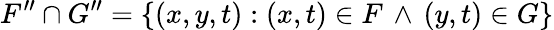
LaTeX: F^{\prime\prime}\cap G^{\prime\prime}=\{ (x,y,t):(x,t)\in F\, \land\, (y,t)\in G\}